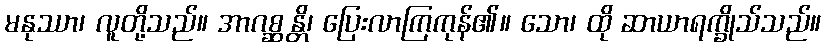
မနုဿာ၊ လူတို့သည်။ အာဂစ္ဆန္တိ၊ ပြေးလာကြကုန်၏။ သော၊ ထို ဆာယာရက္ခိုသ်သည်။